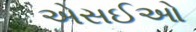
એસઈઓ